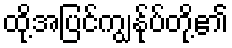
ထို့အပြင်ကျွန်ုပ်တို့၏